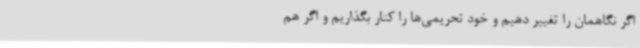
اگر نگاهمان را تغییر دهیم و خود تحریمی‌ها را کنار بگذاریم و اگر هم